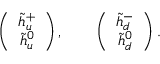
\left( \begin{array} { c } { { \widetilde { h } _ { u } ^ { + } } } \\ { { \widetilde { h } _ { u } ^ { 0 } } } \end{array} \right) , \qquad \left( \begin{array} { c } { { \widetilde { h } _ { d } ^ { - } } } \\ { { \widetilde { h } _ { d } ^ { 0 } } } \end{array} \right) . \qquad